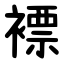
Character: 褾